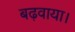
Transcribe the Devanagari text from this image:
बढ़वाया।